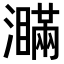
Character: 𤃞